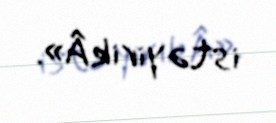
istəyirikÂ».